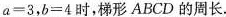
$$a=3$$，$$b=4$$时，梯形ABCD的周长。